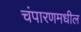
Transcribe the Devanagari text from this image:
चंपारणमधील